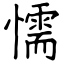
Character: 懦